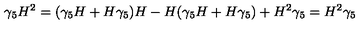
\gamma _ { 5 } H ^ { 2 } = ( \gamma _ { 5 } H + H \gamma _ { 5 } ) H - H ( \gamma _ { 5 } H + H \gamma _ { 5 } ) + H ^ { 2 } \gamma _ { 5 } = H ^ { 2 } \gamma _ { 5 }